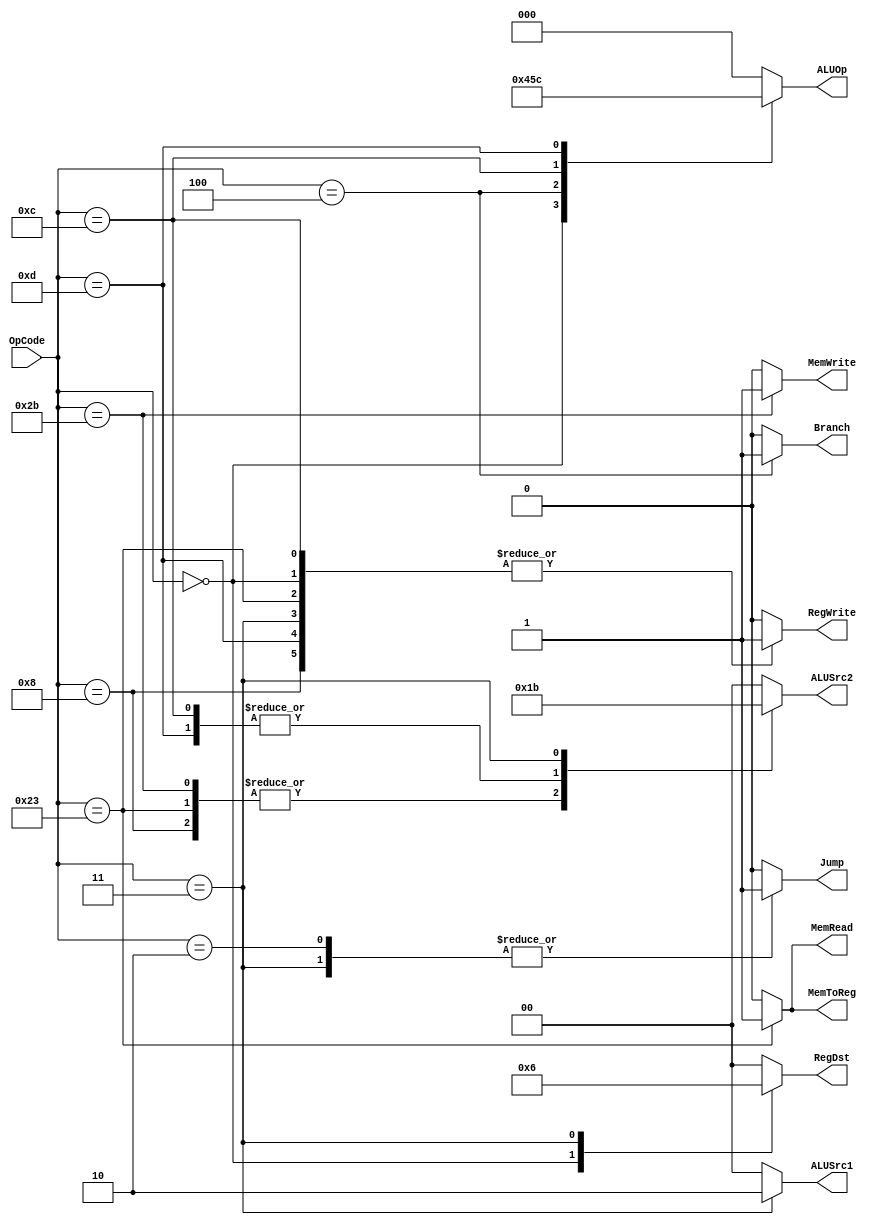
module Ctr(
    input [5:0] OpCode,
    output [1:0] RegDst, //new 00-rt 01-rd 10-31(for jal)
    output [1:0] ALUSrc1, //new 00-rs 01-rt 10-pc
    output [1:0] ALUSrc2, //new 00-rt 01-signext 10-zeroext 11-8
    output MemToReg, 
    output RegWrite,
    output MemRead,
    output MemWrite,
    output Branch,
    output [2:0] ALUOp, //new 000-add 001-sub 010-Rtype 011-and 100-or
    output Jump
    );
    
    reg [1:0] regDst;
    reg [1:0] aluSrc1;
    reg [1:0] aluSrc2;
    reg memtoReg;
    reg regWrite;
    reg memRead;
    reg memWrite;
    reg branch;
    reg [2:0] aluOp;
    reg jump;
    
    always @ (OpCode)
    begin
        case(OpCode)
            6'b000000: //R type
            begin
                regDst = 2'b01;
                aluSrc1 = 2'b00;
                aluSrc2 = 2'b00;
                memtoReg = 0;
                regWrite = 1;
                memRead = 0;
                memWrite = 0;
                branch = 0;
                aluOp = 3'b010;
                jump = 0;
            end
            
            6'b100011: //lw
            begin
                regDst = 2'b00;
                aluSrc1 = 2'b00;
                aluSrc2 = 2'b01;
                memtoReg = 1;
                regWrite = 1;
                memRead = 1;
                memWrite = 0;
                branch = 0;
                aluOp = 3'b000;
                jump = 0;
            end
            
            6'b101011: //sw
            begin
                regDst = 2'b00;
                aluSrc1 = 2'b00;
                aluSrc2 = 2'b01;
                memtoReg = 0;
                regWrite = 0;
                memRead = 0;
                memWrite = 1;
                branch = 0;
                aluOp = 3'b000;
                jump = 0;
            end
            
            6'b000100: //beq
            begin
                regDst = 0;
                aluSrc1 = 2'b00;
                aluSrc2 = 2'b00;
                memtoReg = 0;
                regWrite = 0;
                memRead = 0;
                memWrite = 0;
                branch = 1;
                aluOp = 3'b001;
                jump = 0;
            end
            
            6'b000010: //J
            begin
                regDst = 0;
                aluSrc1 = 0;
                aluSrc2 = 0;
                memtoReg = 0;
                regWrite = 0;
                memRead = 0;
                memWrite = 0;
                branch = 0;
                aluOp = 2'b000;
                jump = 1;
            end
            
            6'b001000://addi
            begin
                regDst = 2'b00;
                aluSrc1 = 2'b00;
                aluSrc2 = 2'b01;
                memtoReg = 0;
                regWrite = 1;
                memRead = 0;
                memWrite = 0;
                branch = 0;
                aluOp = 3'b000;
                jump = 0;
            end
            
            6'b001100://andi
            begin
                regDst = 2'b00;
                aluSrc1 = 2'b00;
                aluSrc2 = 2'b10;
                memtoReg = 0;
                regWrite = 1;
                memRead = 0;
                memWrite = 0;
                branch = 0;
                aluOp = 3'b011;
                jump = 0;
            end
            
            6'b001101://ori
            begin
                regDst = 2'b00;
                aluSrc1 = 2'b00;
                aluSrc2 = 2'b10;
                memtoReg = 0;
                regWrite = 1;
                memRead = 0;
                memWrite = 0;
                branch = 0;
                aluOp = 3'b100;
                jump = 0;
            end
            
            6'b000011://jal
            begin
                regDst = 2'b10;
                aluSrc1 = 2'b10;
                aluSrc2 = 2'b11;
                memtoReg = 0;
                regWrite = 1;
                memRead = 0;
                memWrite = 0;
                branch = 0;
                aluOp = 3'b000;
                jump = 1;
            end
            
            default:
            begin
                regDst = 0;
                aluSrc1 = 0;
                aluSrc2 = 0;
                memtoReg = 0;
                regWrite = 0;
                memRead = 0;
                memWrite = 0;
                branch = 0;
                aluOp = 0;
                jump = 0;
            end
        endcase
    end
   
   assign RegDst = regDst;
   assign ALUSrc1 = aluSrc1;
   assign ALUSrc2 = aluSrc2;
   assign MemToReg = memtoReg;
   assign RegWrite = regWrite;
   assign MemRead = memRead;
   assign MemWrite = memWrite;
   assign Branch = branch;
   assign ALUOp = aluOp;
   assign Jump = jump;
   
endmodule